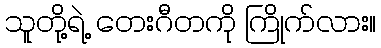
သူတို့ရဲ့ တေးဂီတကို ကြိုက်လား။